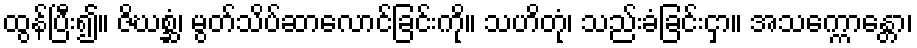
ထွန်ပြီး၍။ ဇိဃစ္ဆံ၊ မွတ်သိပ်ဆာလောင်ခြင်းကို။ သဟိတုံ၊ သည်းခံခြင်းငှာ။ အသက္ကောန္တော၊